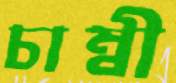
চাম্বী